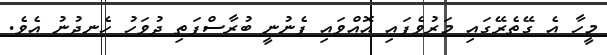
މީހާ އެ ގޭތެރޭގައި މަރުވެފައި އޮއްވައި ފެނުނީ ބުރާސްފަތި ދުވަހު ހެނދުނު އެވެ.